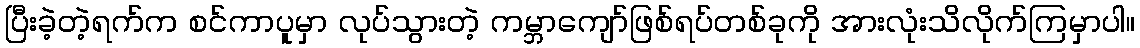
ပြီးခဲ့တဲ့ရက်က စင်ကာပူမှာ လုပ်သွားတဲ့ ကမ္ဘာကျော်ဖြစ်ရပ်တစ်ခုကို အားလုံးသိလိုက်ကြမှာပါ။